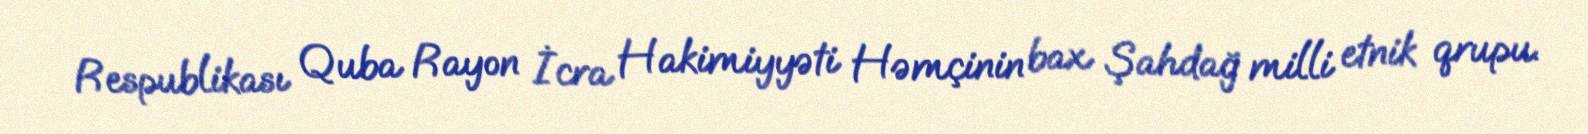
Respublikası Quba Rayon İcra Hakimiyyəti Həmçinin bax Şahdağ milli etnik qrupu.